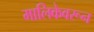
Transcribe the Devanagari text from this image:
मालिकेवरून